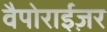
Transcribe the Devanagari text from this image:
वैपोराईज़र